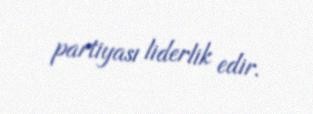
partiyası liderlik edir.